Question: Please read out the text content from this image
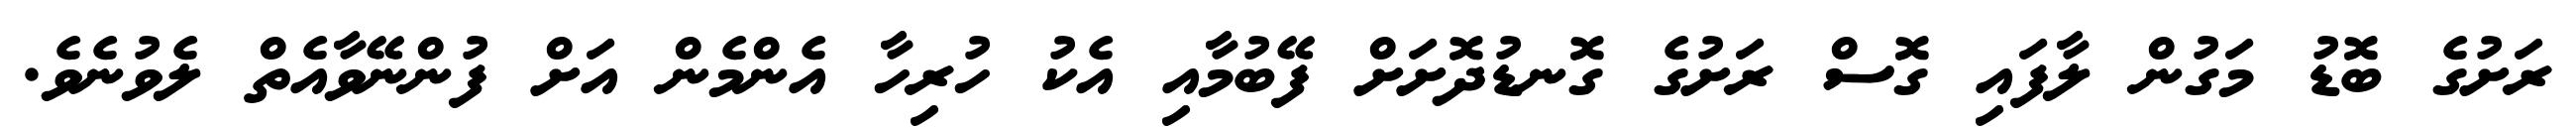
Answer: ރަށުގެ ބޮޑު މަގުން ލާފައި ގޮސް ރަށުގެ ގޮނޑުދޮށަށް ފޭބުމާއި އެކު ހުރިހާ އެންމެން އަށް ފުންނޭވާއެތް ލެވުނެވެ.